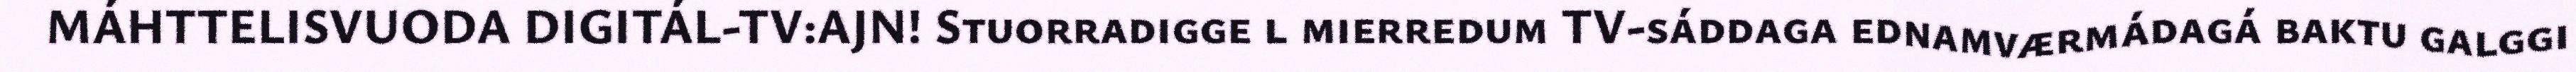
MÁHTTELISVUODA DIGITÁL-TV:AJN! Stuorradigge l mierredum TV-sáddaga ednamværmádagá baktu galggi